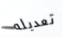
تعديله